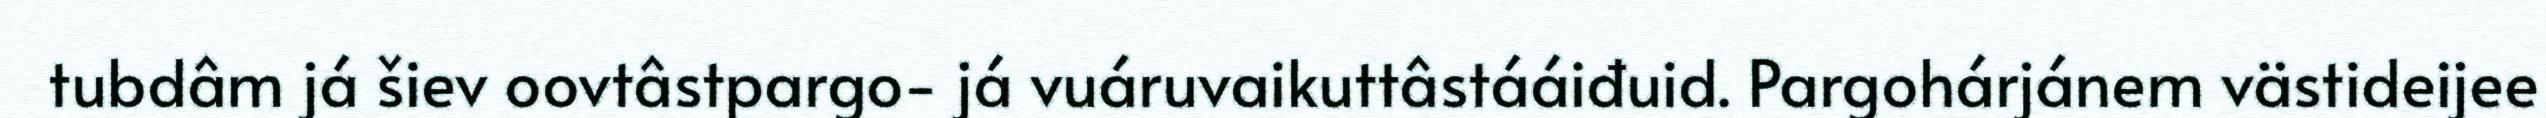
tubdâm já šiev oovtâstpargo- já vuáruvaikuttâstááiđuid. Pargohárjánem västideijee